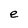
Character: e